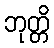
ဘုတ္တိ